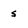
Character: s